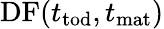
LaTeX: \mathrm{DF}(t_{\textrm{tod}},t_{\textrm{mat}})